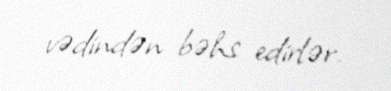
vədindən bəhs edirlər.